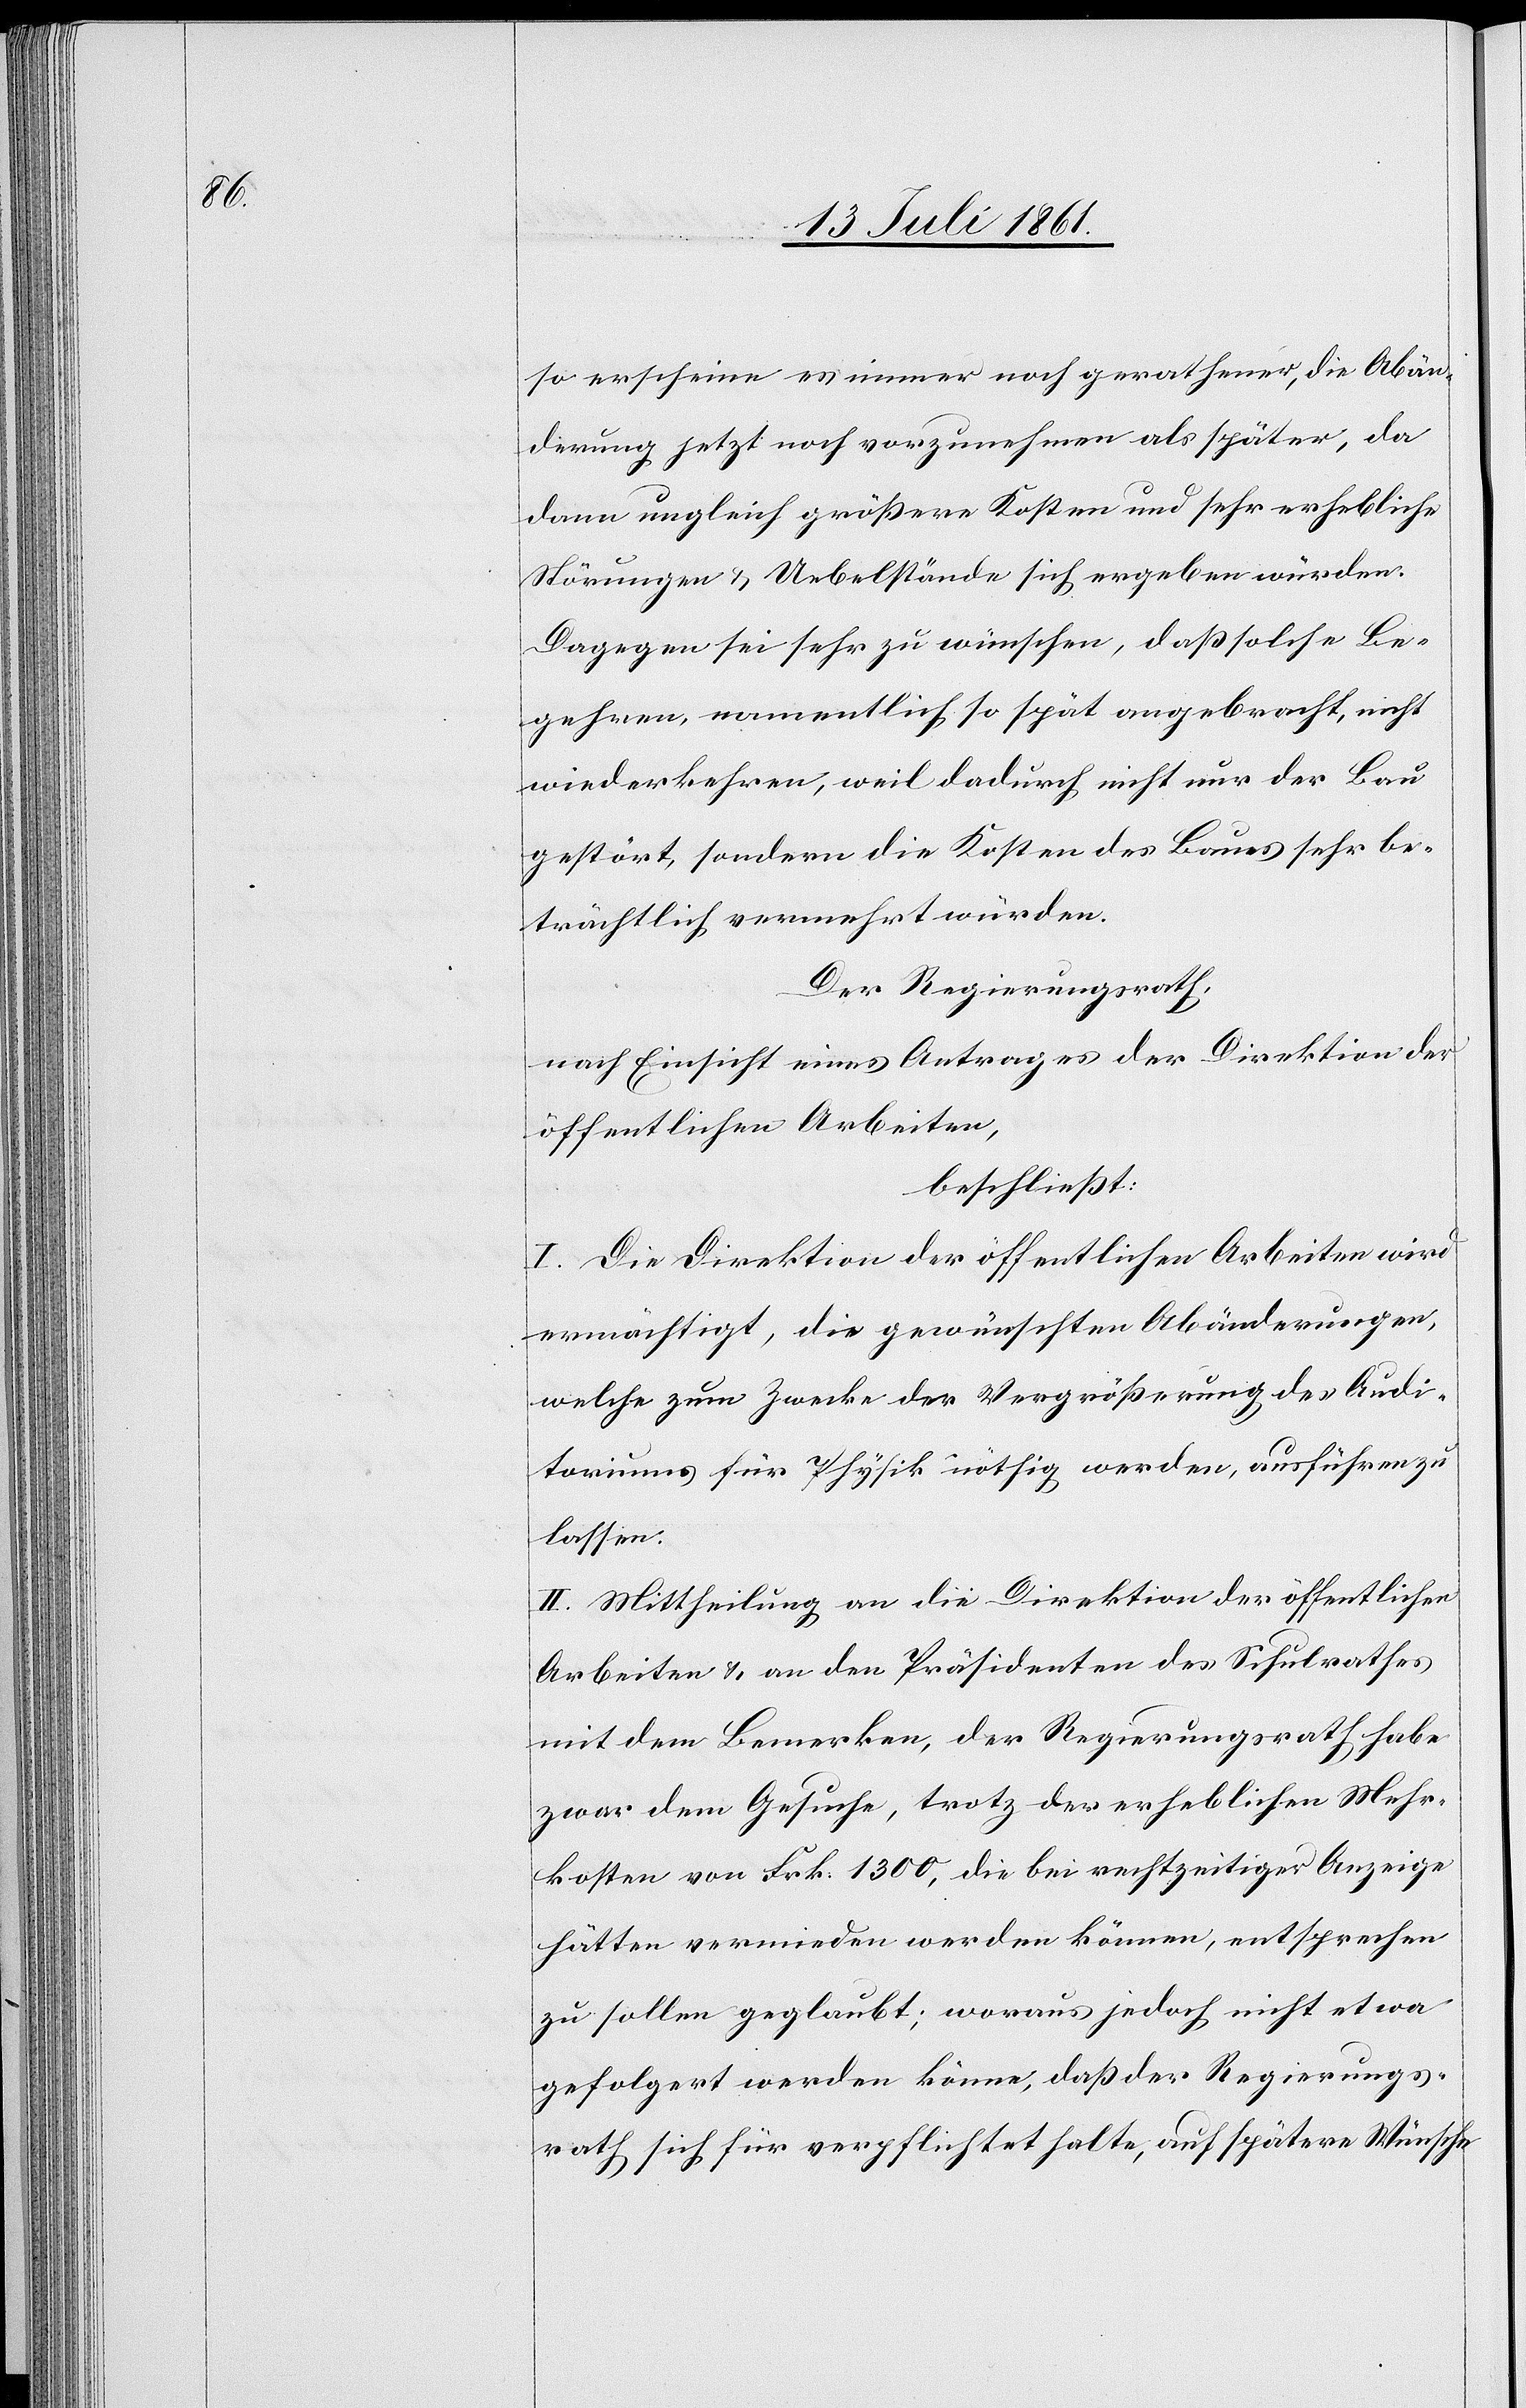
so erscheine es immer noch gerathener, die Abän¬
derung jetzt noch vorzunehmen als später, da
dann ungleich größere Kosten und sehr erhebliche
Störungen u. Uebelstände sich ergeben würden.
Dagegen sei sehr zu wünschen, daß solche Be¬
gehren, namentlich so spät angebracht, nicht
wiederkehren, weil dadurch nicht nur der Bau
gestört, sondern die Kosten des Baues sehr be¬
trächtlich vermehrt würden.
Der Regierungsrath,
nach Einsicht eines Antrages der Direktion der
öffentlichen Arbeiten,
beschließt:
I. Die Direktion der öffentlichen Arbeiten wird
ermächtigt, die gewünschten Abänderungen,
welche zum Zwecke der Vergrößerung des Audi¬
toriums für Physik nöthig werden, ausführen zu
lassen.
II. Mittheilung an die Direktion der öffentlichen
Arbeiten u. an den Präsidenten des Schulrathes
mit dem Bemerken, der Regierungsrath habe
zwar dem Gesuche, trotz der erheblichen Mehr¬
kosten von Frk. 1300, die bei rechtzeitiger Anzeige
hätte vermieden werden können, entsprechen
zu sollen geglaubt; woraus jedoch nicht etwa
gefolgert werden könne, daß der Regierungs¬
rath sich für verpflichtet halte, auf spätere Wünsche